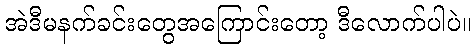
အဲဒီမနက်ခင်းတွေအကြောင်းတော့ ဒီလောက်ပါပဲ။